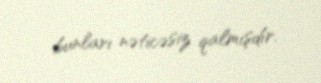
bunları nəticəsiz qalmışdır.